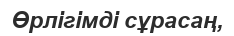
Өрлігімді сұрасаң,